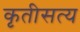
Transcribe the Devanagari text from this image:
कृतीसत्य